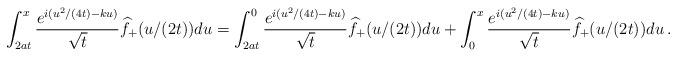
LaTeX: \begin{align*}\int_{2at}^x \frac{e^{i(u^2/(4t)-ku)}}{\sqrt t}\widehat f_+(u/(2t))du=\int_{2at}^0 \frac{e^{i(u^2/(4t)-ku)}}{\sqrt t}\widehat f_+(u/(2t))du+\int_{0}^x \frac{e^{i(u^2/(4t)-ku)}}{\sqrt t}\widehat f_+(u/(2t))du\,.\end{align*}